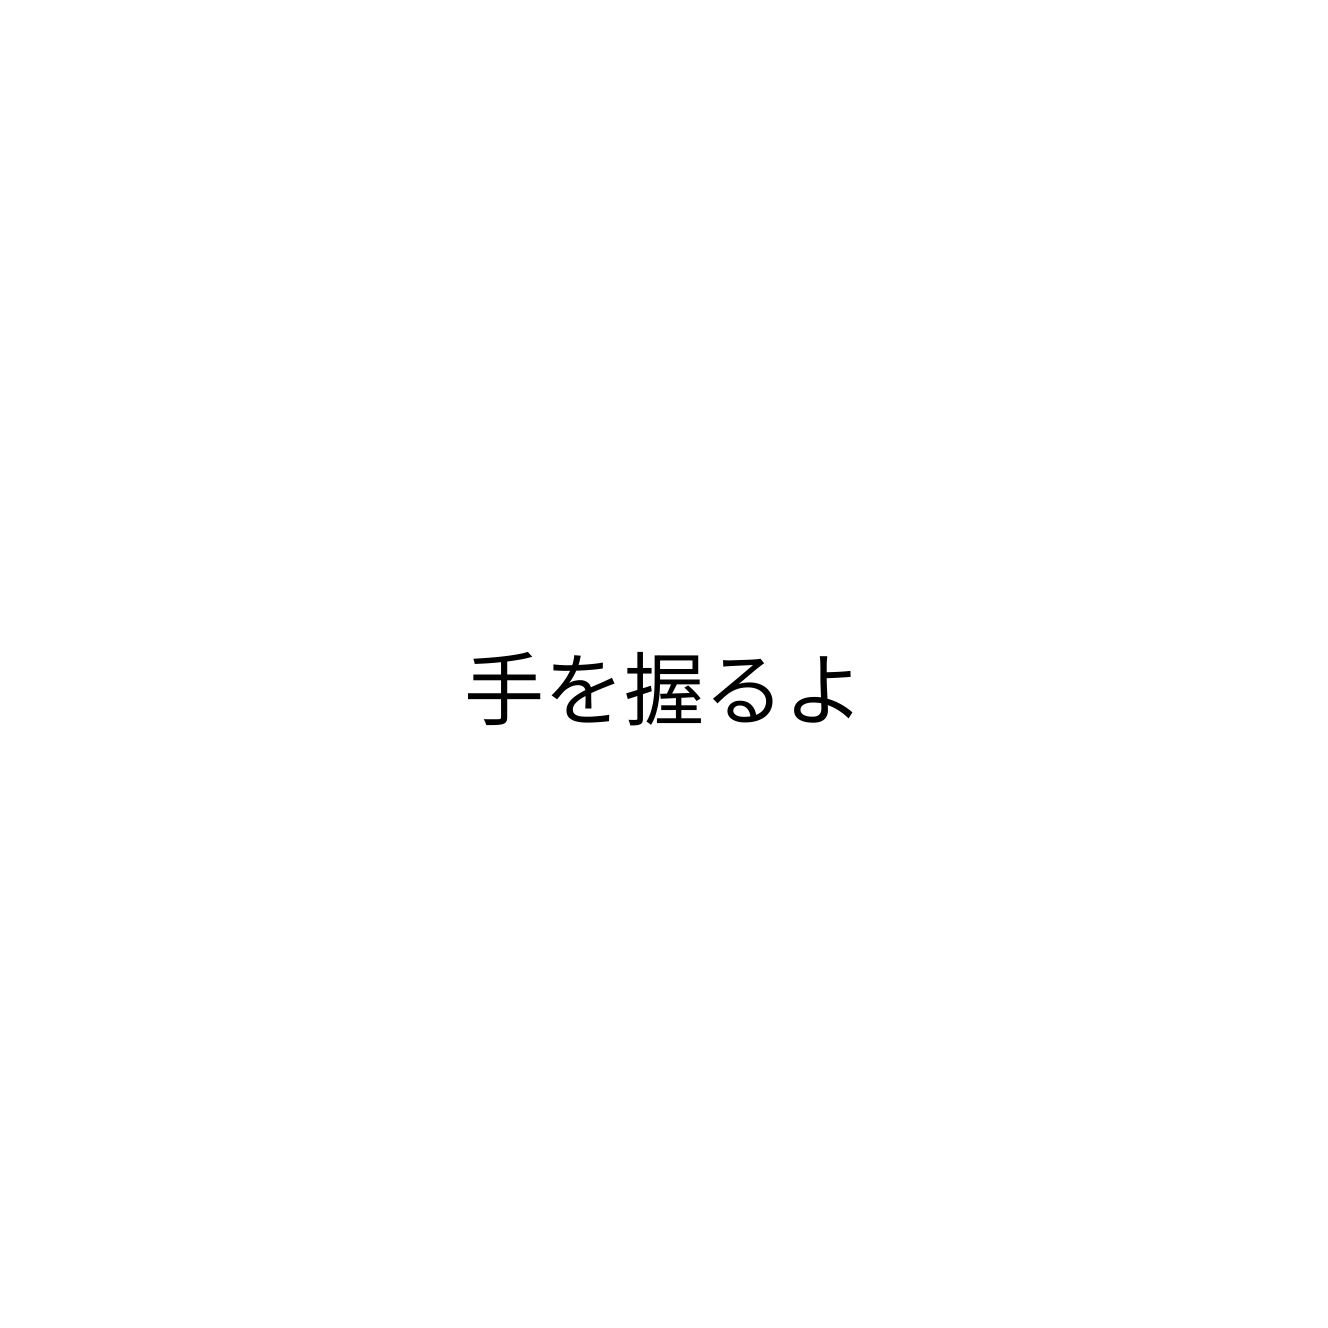
手を握るよ